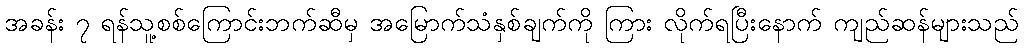
အခန်း ၇ ရန်သူ့စစ်ကြောင်းဘက်ဆီမှ အမြောက်သံနှစ်ချက်ကို ကြား လိုက်ရပြီးနောက် ကျည်ဆန်များသည်